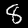
Digit: 8